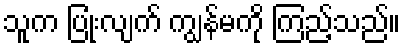
သူက ပြုံးလျက် ကျွန်မကို ကြည့်သည်။